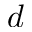
d